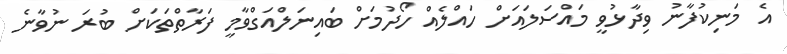
އެ މަނިކުފާނު ވިދާޅުވީ މައްސަލައަށް ހައްލެއް ހޯދުމަށް ބައިނަލްއަގްވާމީ ފަރާތްތަކަށް ބުރަ ނުވާނެ